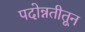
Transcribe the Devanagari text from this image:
पदोन्नतीतून